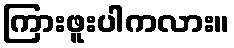
ကြားဖူးပါကလား။